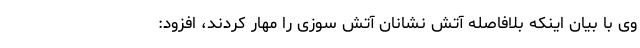
وی با بیان اینکه بلافاصله آتش نشانان آتش سوزی را مهار کردند، افزود: